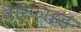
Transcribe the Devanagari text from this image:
वेरिफाइड